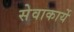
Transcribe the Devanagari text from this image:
सेवाकार्ये